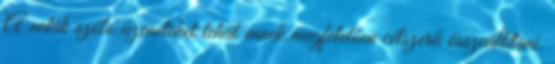
A nekik szóló üzeneteket tehát ennek megfelelően célszerű összeállítani.